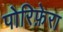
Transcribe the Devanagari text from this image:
पोरिफ़ेरा